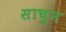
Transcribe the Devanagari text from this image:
साचुन